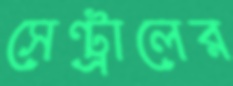
সেন্ট্রালের